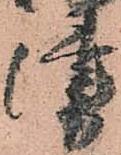
津